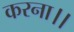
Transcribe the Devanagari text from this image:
करना।।